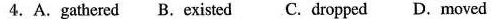
4.A.Gathered B.Existed C. Dropped D.Moved